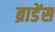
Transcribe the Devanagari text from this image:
ब्राडेंस